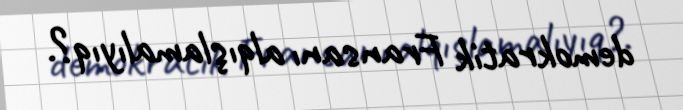
demokratik Fransanı alqışlamalıyıq?.